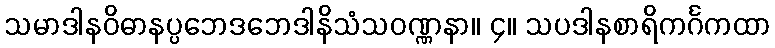
သမာဒါနဝိဓာနပ္ပဘေဒဘေဒါနိသံသဝဏ္ဏနာ။ ၄။ သပဒါနစာရိကင်္ဂကထာ